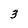
Character: 3